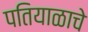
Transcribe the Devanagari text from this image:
पतियाळाचे